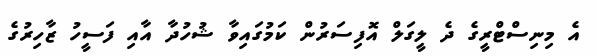
އެ މިނިސްޓްރީގެ ދެ ލީގަލް އޮފިސަރުން ކަމުގައިވާ ޝުހުދާ އާއި ފަސީހު ޒާހިރުގެ